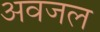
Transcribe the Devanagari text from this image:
अवजल